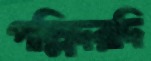
পল্লিদরদি